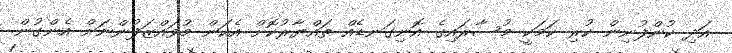
އަދި ކުންފުނިން ކުރި ކަމަކީ މުސާރައިގެ އޮނިގަނޑެއް ތައްޔާރުކޮށް އެކަން މުވައްޒަފުންނަށް އެންގުން